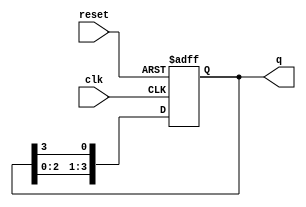
module ring_counter #(
    parameter N = 4  // Number of flip-flops (states)
)(
    input wire clk,   // Clock input
    input wire reset, // Asynchronous reset
    output reg [N-1:0] q // Output representing the current state
);

// Internal signal for the next state
reg [N-1:0] next_state;

// Always block for state transition
always @(posedge clk or posedge reset) begin
    if (reset) begin
        // Initialize to the first state on reset
        q <= 1'b1; // Reset to 0001 for N = 4
    end else begin
        // Transition to the next state
        q <= next_state;
    end
end

// Always block for next state logic
always @(*) begin
    next_state = {q[N-2:0], q[N-1]}; // Shift left and wrap around
end

endmodule